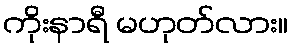
ကိုးနာရီ မဟုတ်လား။